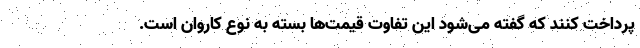
پرداخت کنند که گفته می‌شود این تفاوت قیمت‌ها بسته به نوع کاروان است.